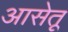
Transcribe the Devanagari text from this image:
आसेतू